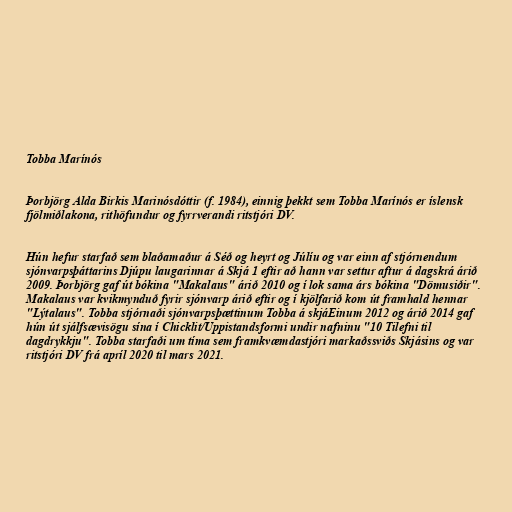
Tobba Marínós

Þorbjörg Alda Birkis Marinósdóttir (f. 1984), einnig þekkt sem Tobba Marínós er íslensk
fjölmiðlakona, rithöfundur og fyrrverandi ritstjóri DV.

Hún hefur starfað sem blaðamaður á Séð og heyrt og Júlíu og var einn af stjórnendum
sjónvarpsþáttarins Djúpu laugarinnar á Skjá 1 eftir að hann var settur aftur á dagskrá árið
2009. Þorbjörg gaf út bókina "Makalaus" árið 2010 og í lok sama árs bókina "Dömusiðir".
Makalaus var kvikmynduð fyrir sjónvarp árið eftir og í kjölfarið kom út framhald hennar
"Lýtalaus". Tobba stjórnaði sjónvarpsþættinum Tobba á skjáEinum 2012 og árið 2014 gaf
hún út sjálfsævisögu sína í Chicklit/Uppistandsformi undir nafninu "10 Tilefni til
dagdrykkju". Tobba starfaði um tíma sem framkvæmdastjóri markaðssviðs Skjásins og var
ritstjóri DV frá apríl 2020 til mars 2021.